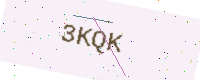
Text: 3KQK